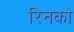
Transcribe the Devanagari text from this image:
रिनको